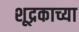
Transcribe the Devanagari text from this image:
शूद्रकाच्या